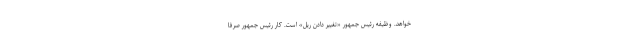
خواهد. وظیفه رئیس جمهور «تغییر دادن ریل» است. کار رئیس جمهور صرفا